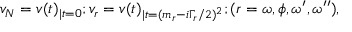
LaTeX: v _ { N } = v ( t ) _ { | t = 0 } ; v _ { r } = v ( t ) _ { | t = ( m _ { r } - i \Gamma _ { r } / 2 ) ^ { 2 } } ; ( r = \omega , \phi , \omega ^ { \prime } , \omega ^ { \prime \prime } ) ,